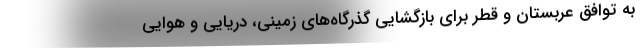
به توافق عربستان و قطر برای بازگشایی گذرگاه‌های زمینی، دریایی و هوایی